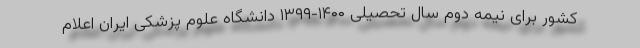
کشور برای نیمه دوم سال تحصیلی ۱۴۰۰-۱۳۹۹ دانشگاه علوم پزشکی ایران اعلام